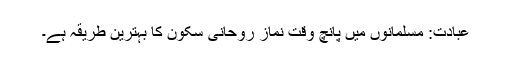
عبادت: مسلمانوں میں پانچ وقت نماز روحانی سکون کا بہترین طریقہ ہے۔